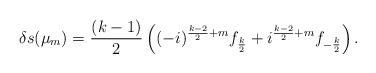
LaTeX: \begin{align*}\delta s(\mu_m)=\frac{(k-1)}{2}\left((-i)^{\frac{k-2}{2}+m}f_{\frac{k}{2}}+i^{\frac{k-2}{2}+m}f_{-\frac{k}{2}}\right).\end{align*}